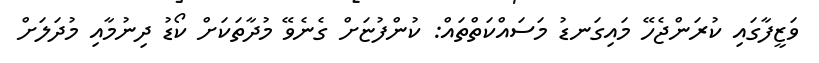
ވަޒީފާގައި ކުރަންޖެހޭ މައިގަނޑު މަސައްކަތްތައް: ކުންފުޏަށް ގެނެވޭ މުދާތަަކަށް ކޯޑު ދިނުމާއި މުދަލަށް